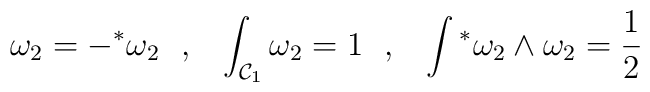
\omega_2 = - {}^{*} \omega_2~~,~~ \int_{{\cal C}_1} \omega_2 = 1~~,~~\int {}^* \omega_2 \wedge \omega_2 = \frac{1}{2}